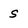
Character: s